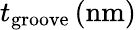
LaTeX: t_{\mathrm{groove}}\, (\mathrm{nm})